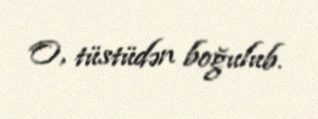
O, tüstüdən boğulub.